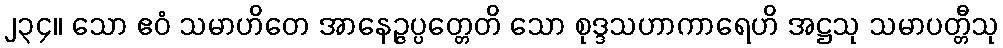
၂၃၄။ သော ဧဝံ သမာဟိတေ အာနေဉ္ဇပ္ပတ္တေတိ သော စုဒ္ဒသဟာကာရေဟိ အဋ္ဌသု သမာပတ္တီသု